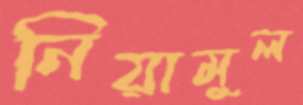
নিয়ামুল